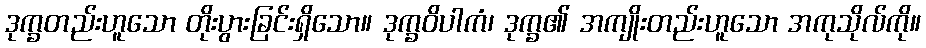
ဒုက္ခတည်းဟူသော တိုးပွားခြင်းရှိသော။ ဒုက္ခဝိပါကံ၊ ဒုက္ခ၏ အကျိုးတည်းဟူသော အကုသိုလ်ကို။